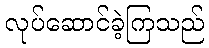
လုပ်ဆောင်ခဲ့ကြသည်